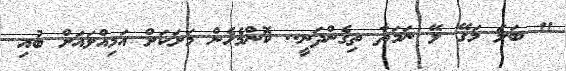
" ބަލަ މަގޭ ލޭ ނަމަތާ ތިގެންދަނީ.. ކޮންމެހެން މަށަކަށް އަމިއްލައަށް ބުއި